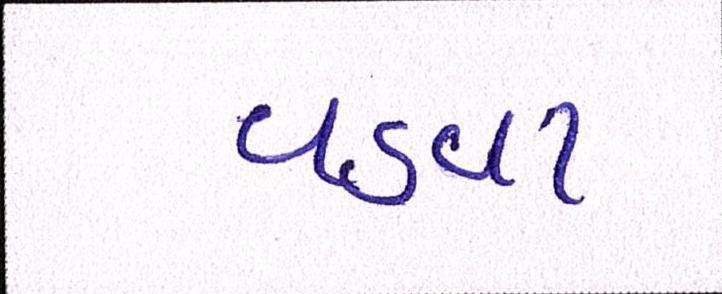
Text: વડવા